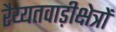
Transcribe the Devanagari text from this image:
रैय्यतवाड़ीक्षेत्रों